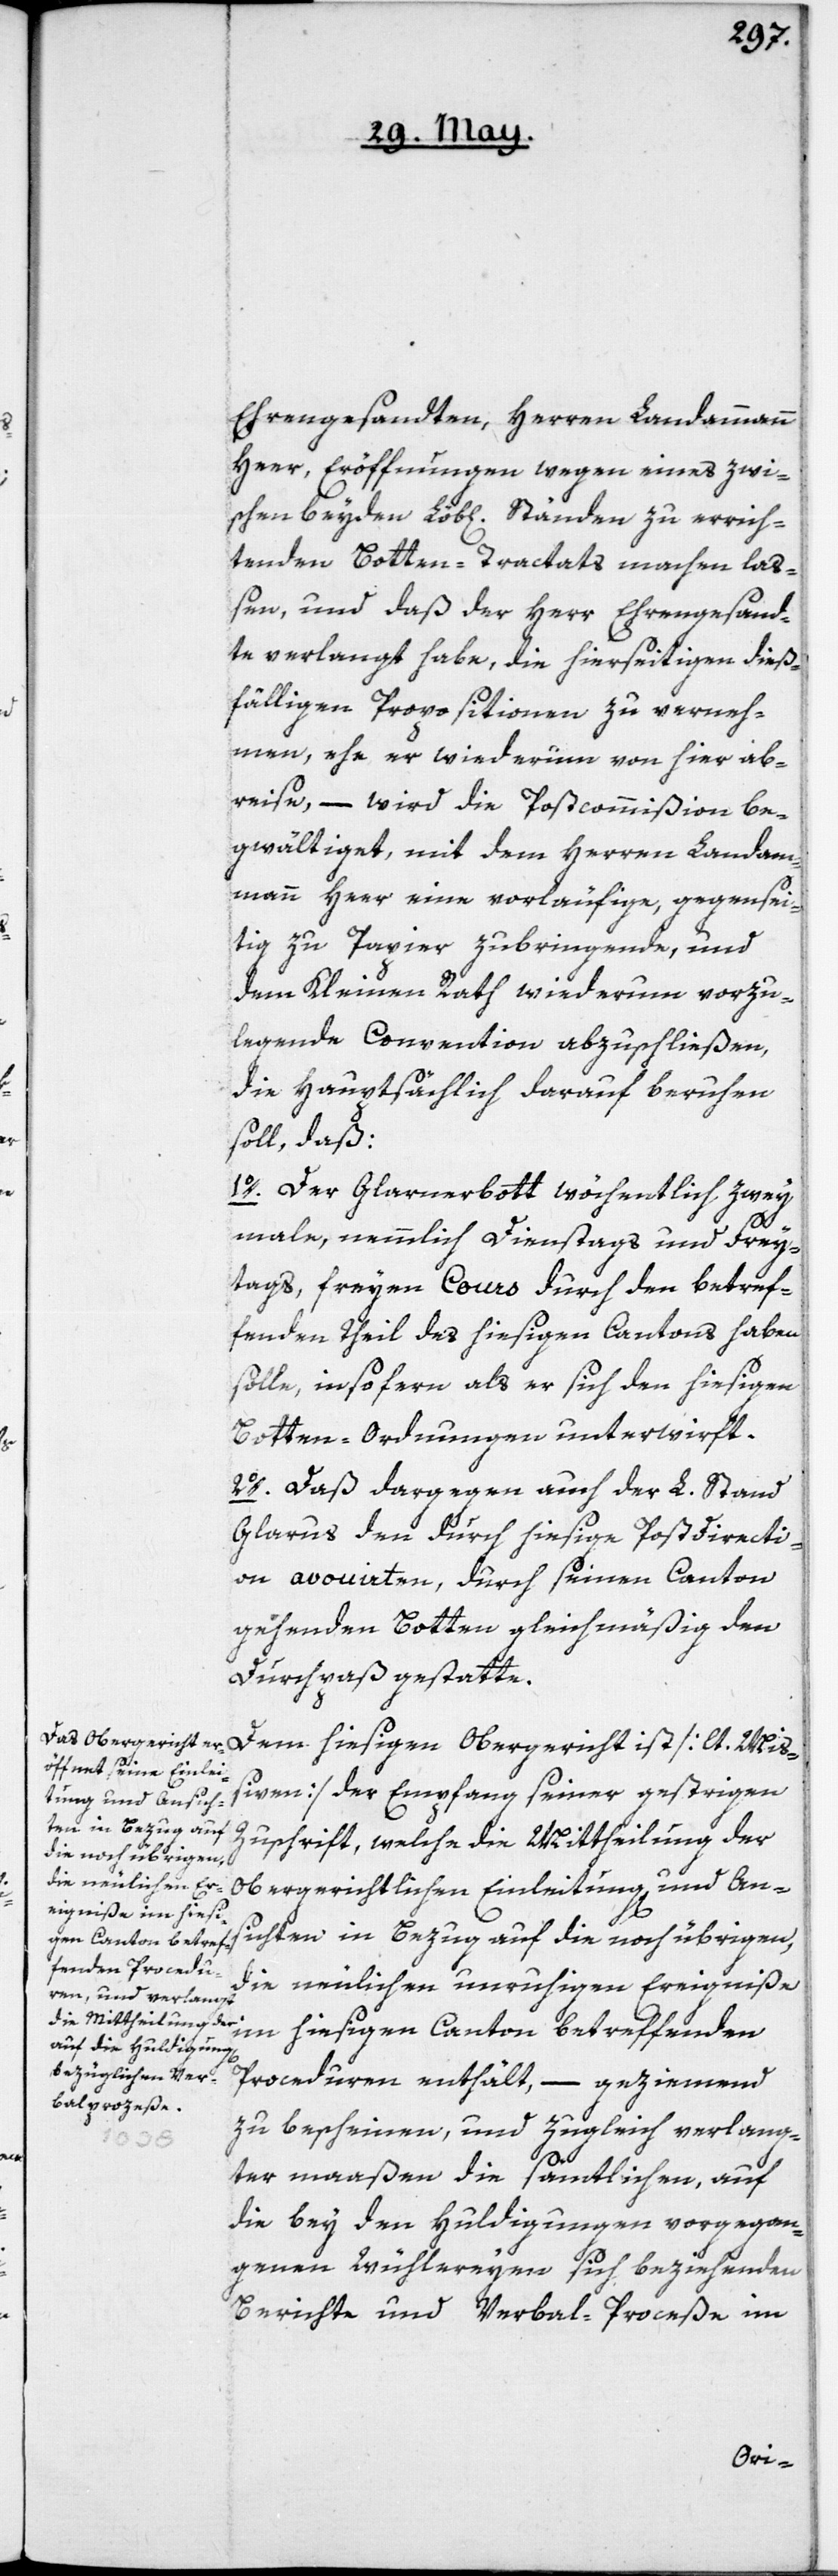
Ehrengesandten, Herren Landammann
Heer, Eröffnungen wegen eines zwi¬
schen beyden Löb[lichen] Ständen zu errich¬
tenden Botten-Tractats machen la¬
ßen, und daß der Herr Ehrengesand¬
te verlangt habe, die hierseitigen dieß¬
fälligen Propositionen zu verneh¬
men, ehe er wiederum von hier ab¬
reise, – wird die Postcommißion be¬
gwältiget, mit dem Herren Landam¬
mann Heer eine vorläufige gegensei¬
tig zu Papier zu bringende, und
dem Kleinen Rath wiederum vorzu¬
legende Convention abzuschließen,
die hauptsächlich darauf beruhen
soll, daß:
1o. Der Glarnerbott wöchentlich zwey
male, nämlich Dienstags und Frey¬
tags, freyen Cours durch den betref¬
fenden Theil des hiesigen Cantons haben
solle, insofern als er sich den hiesigen
Botten-Ordnungen unterwirft.
2o. Daß dargegen auch der L. Stand
Glarus den durch hiesige Postdirecti¬
on avouirten, durch seinen Canton
gehenden Botten gleichmäßig den
Durchpaß gestatte.
Dem hiesigen Obergericht ist [lt. Miß¬
iven] der Empfang seiner gestrigen
Zuschrift, welche die Mittheilung der
obergerichtlichen Einleitung und Ans¬
ichten in Bezug auf die noch übrigen,
die neulichen unruhigen Ereigniße
im hiesigen Canton betreffenden
Proceduren enthält, – geziemend
zu bescheinen, und zugleich verlang¬
ter maaßen die sämtlichen, auf
die bey den Huldigungen vorgegan¬
genen Wühlereyen sich beziehenden
Berichte und Verbal-Prozeße im